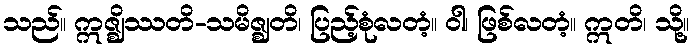
သည်။ ဣဇ္ဈိဿတိ-သမိဇ္ဈတိ၊ ပြည့်စုံလတံ့။ ဝါ၊ ဖြစ်လတံ့။ ဣတိ၊ သို့။